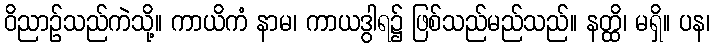
ဝိညာဉ်သည်ကဲသို့။ ကာယိကံ နာမ၊ ကာယဒွါရ၌ ဖြစ်သည်မည်သည်။ နတ္ထိ၊ မရှိ။ ပန၊